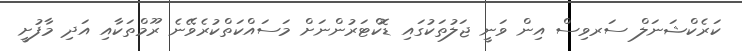
ކަރެކްޝަނަލް ސަރވިސް އިން ވަނީ ޖަލުތަކުގައި ޑޮކްޓަރުންނަށް މަސައްކަތްކުރެވޭނެ ރޫމްތަކާއި އަދި މާފުށީ